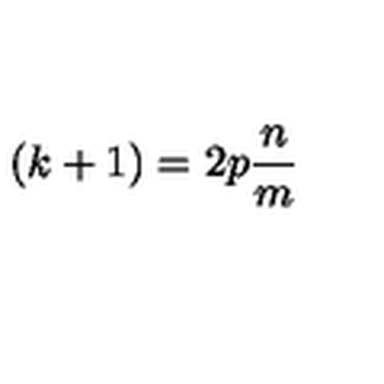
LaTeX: \left( k + 1 \right) = 2 p \frac { n } { m }